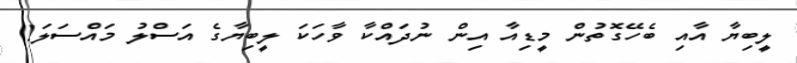
ލީބިޔާ އާއި ބެހޭގޮތުން މީޑިއާ އިން ނުދައްކާ ވާހަކަ ލީބިޔާގެ އަސްލު މައްސަލަ!